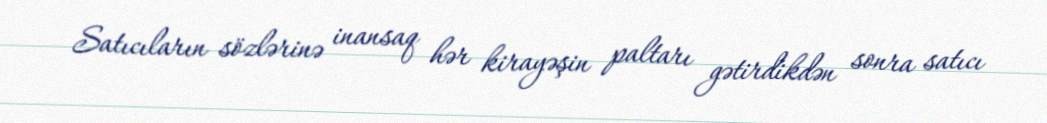
Satıcıların sözlərinə inansaq hər kirayəşin paltarı gətirdikdən sonra satıcı